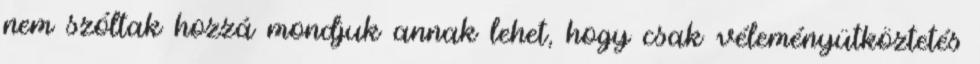
nem szóltak hozzá mondjuk annak lehet, hogy csak véleményütköztetés